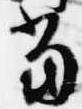
当